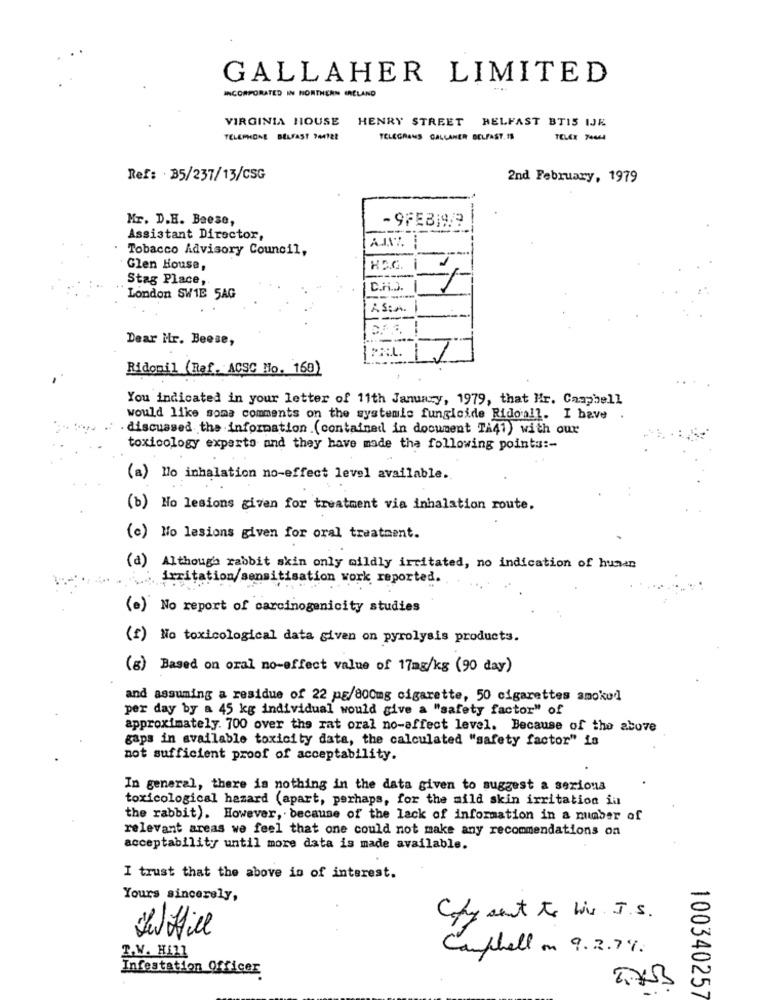
GALLAHER LIMITED
INCORPORATED IN NORTHERN IRELAND
VIRGINIA HOUSE HENRY STREET BELFAST BTIS IJE
TELEPHONE BELFAST PANTER
TELEGRAMS GALLAHER BELFAST. 18
TELEX 76664
Ref: · 35/237/13/CSG
2nd February, 1979
Mr. D.H. Baese,
-9FEB199
Assistant Director,
Tobacco Advisory Council,
Glen House,
HPG
Stag Place,
C.H.D.
London SW1E 5AG
AS:n.
Dear Mr. Beese,
PRIL. 1
Ridomil (Ref. ACSC No. 160)
You indicated in your letter of 11th January, 1979, that Mr. Campbell
would like some comments on the systemis fungicide Ridoall. I have
. discussed the information (contained in document TA41) with our
toxicology experto and they have made the following points :-
(a) Mo inhalation no-effect level available.
(b) No lesions given for treatment via inhalation route.
(c) No lesions given for oral treatment.
(d) Although rabbit skin only mildly irritated, no indication of human
irritation/sensitisation work reported.
(e) No report of carcinogenicity studies
(f) No toxicological data given on pyrolysis products.
(g) Based on oral no-effect value of 17mg/kg (90 day)
and assuming a residue of 22 pg/800mg cigarette, 50 cigarettes amokod
per day by a 45 kg individual would give a "safety factor" of
approximately. 700 over the rat oral no-affect level. Because of the above
gaps in available toxicity data, the calculated "safety factor" is
not sufficient proof of acceptability.
In general, there is nothing in the data given to suggest a serious
toxicological hazard (apart, perhaps, for the mild skin irritation in
the rabbit). However, . because of the lack of information in a number of
relevant areas we feel that one could not make any recommendations on
acceptabilityy until more data is made available.
I trust that the above in of interest.
Yours sincerely,
C/y sont to Wi J.S.
aufhell on 9.3.7%.
T.W. HELL
Infestation Officer
100340257